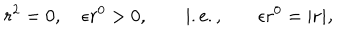
r ^ { 2 } = 0 , \quad \epsilon r ^ { 0 } > 0 , \qquad \mathrm { i . e . , } \qquad \epsilon r ^ { 0 } = | \bf r | ,